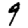
Digit: 9